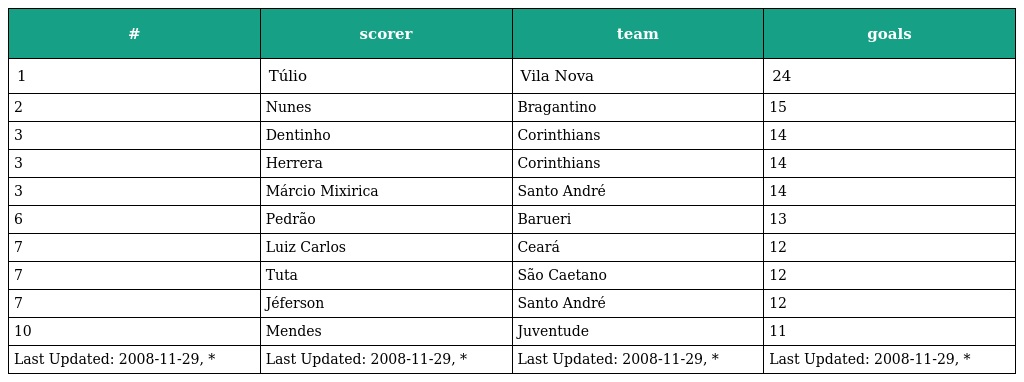
| # | scorer | team | goals |
 | --- | --- | --- | --- |
 | 1 | Túlio | Vila Nova | 24 |
 | 2 | Nunes | Bragantino | 15 |
 | 3 | Dentinho | Corinthians | 14 |
 | 3 | Herrera | Corinthians | 14 |
 | 3 | Márcio Mixirica | Santo André | 14 |
 | 6 | Pedrão | Barueri | 13 |
 | 7 | Luiz Carlos | Ceará | 12 |
 | 7 | Tuta | São Caetano | 12 |
 | 7 | Jéferson | Santo André | 12 |
 | 10 | Mendes | Juventude | 11 |
 | Last Updated: 2008-11-29, * | Last Updated: 2008-11-29, * | Last Updated: 2008-11-29, * | Last Updated: 2008-11-29, * |